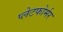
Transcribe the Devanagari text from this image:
प्लेटफोर्मर